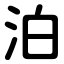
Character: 泊